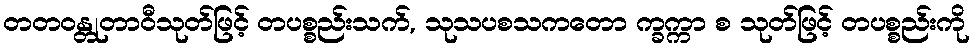
တတဝန္တုတာဝီသုတ်ဖြင့် တပစ္စည်းသက်, သုသပစသကတော က္ခက္ကာ စ သုတ်ဖြင့် တပစ္စည်းကို